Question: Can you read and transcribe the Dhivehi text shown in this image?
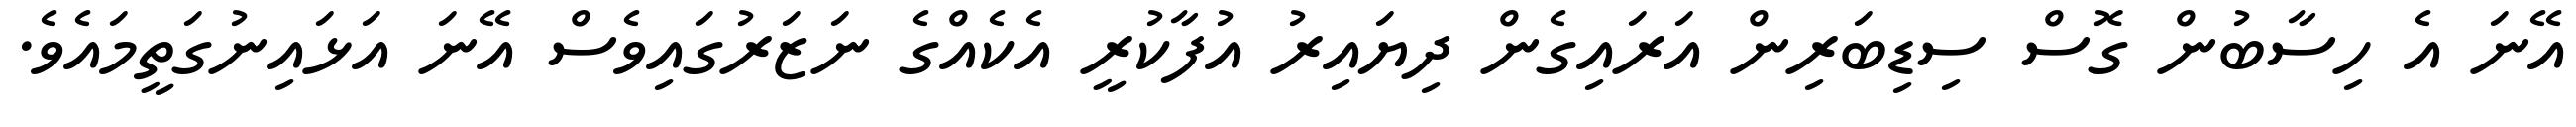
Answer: އޭނަ އެ ހިސާބުން ގޮސް ސިޑިބަރިން އަރައިގެން ދިޔައިރު އުފާކުރީ އެކެއްގެ ނަޒަރުގައިވެސް އޭނަ އަޅައިނުގަތީމައެވެ.